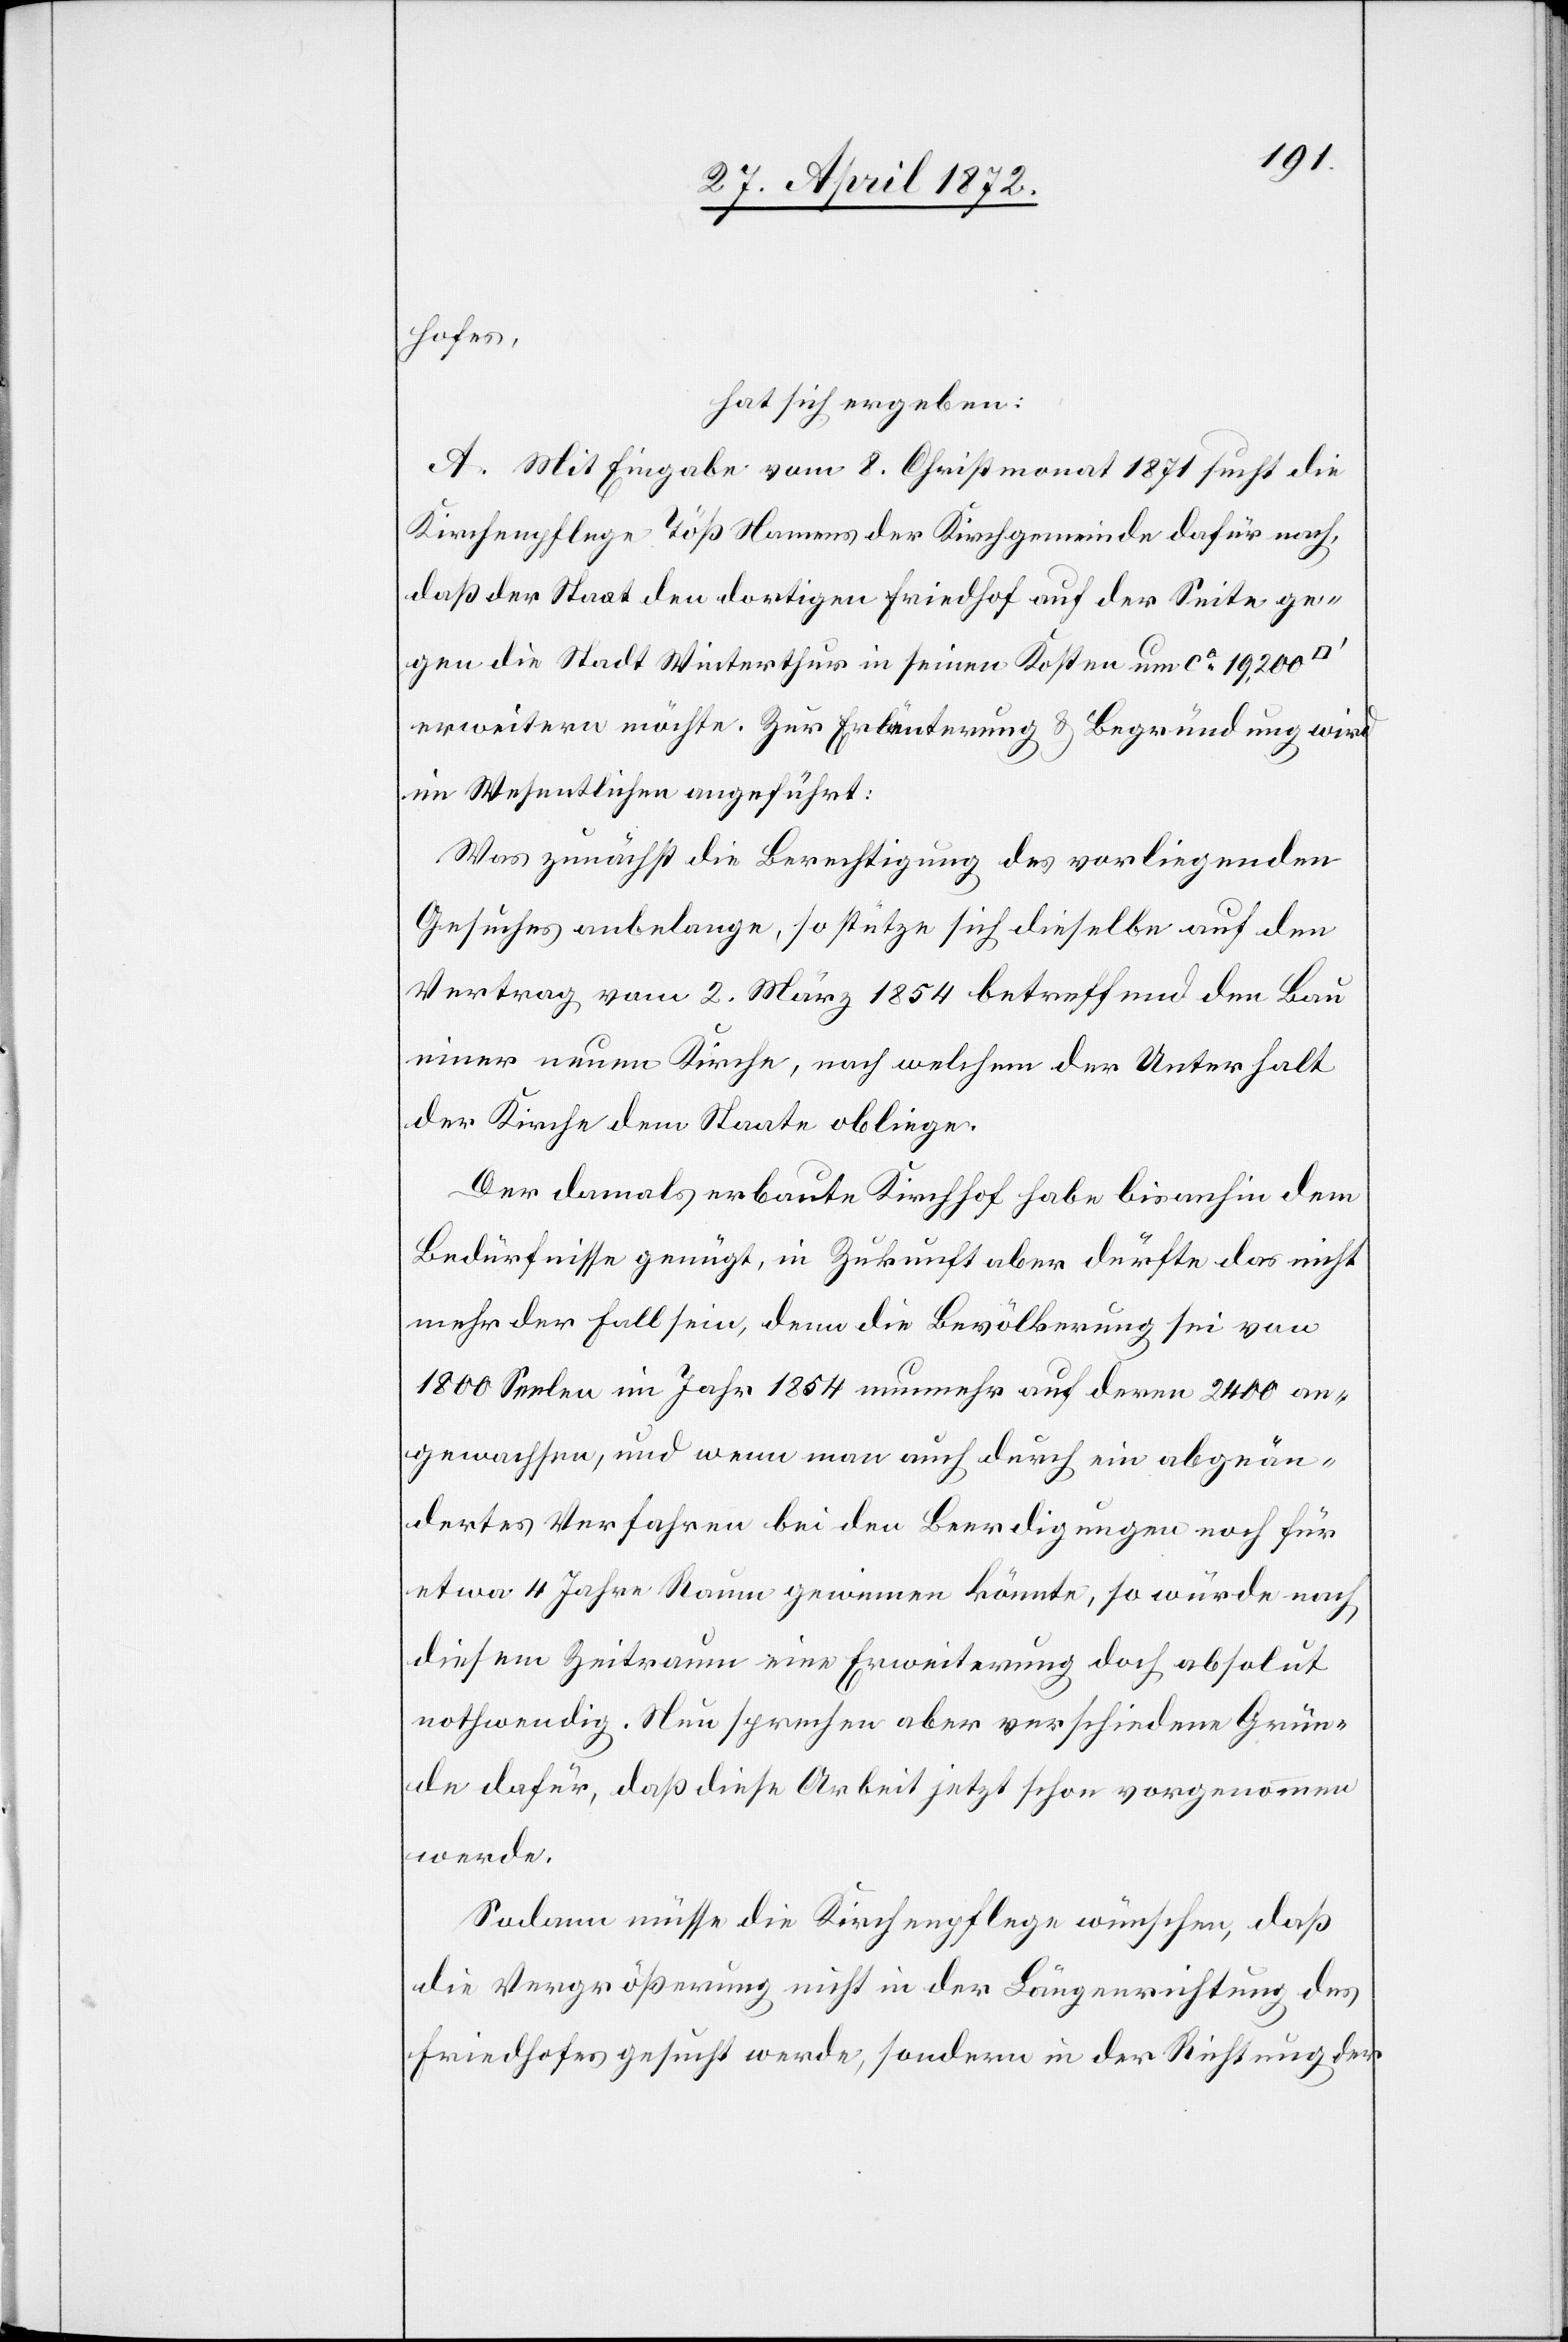
hofes,
hat sich ergeben:
A. Mit Eingabe vom 8. Christmonat 1871 sucht die
Kirchenpflege Töß Namens der Kirchgemeinde dafür nach,
daß der Staat den dortigen Friedhof auf der Seite ge¬
gen die Stadt Winterthur in seinen Kosten um ca 19,200
erweitern möchte. Zur Erläuterung u. Begründung wird
im Wesentlichen angeführt:
Was zunächst die Berechtigung des vorliegenden
Gesuches anbelange, so stütze sich dieselbe auf den
Vertrag vom 2. März 1854 betreffend den Bau
einer neuen Kirche, nach welchem der Unterhalt
der Kirche dem Staate obliege.
Der damals erbaute Kirchhof habe bis anhin dem
Bedürfnisse genügt, in Zukunft aber dürfte das nicht
mehr der Fall sein, denn die Bevölkerung sei von
1800 Seelen im Jahr 1854 nunmehr auf deren 2400 an¬
gewachsen, und wenn man auch durch ein abgeän¬
dertes Verfahren bei den Beerdigungen noch für
etwa 4 Jahre Raum gewinnen könnte, so würde nach
diesem Zeitraum eine Erweiterung doch absolut
nothwendig. Nun sprechen aber verschiedene Grün¬
de dafür, daß diese Arbeit jetzt schon vorgenommen
werde.
Sodann müsse die Kirchenpflege wünschen, daß
die Vergrößerung nicht in der Längenrichtung des
Friedhofes gesucht werde, sondern in der Richtung der